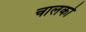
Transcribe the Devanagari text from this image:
चालकोँ